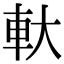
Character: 軑